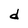
Character: d